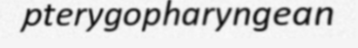
pterygopharyngean